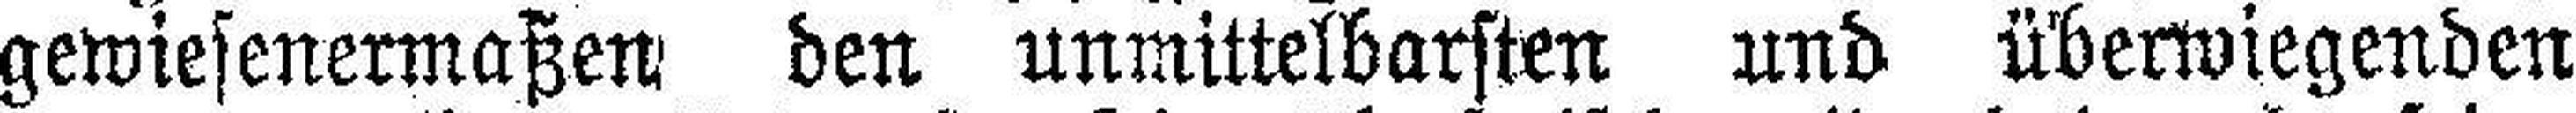
gewiesenermaßen den unmittelbarsten und überwiegenden